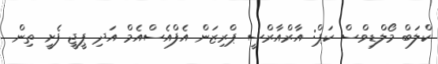
ކްލަބް މޯލްޑިވްސް ކަޕް: އާރްއާރްސީ ޕްރިޒަން އެފްއެސްއެމް އަދި ޕީޖީ ފެށީ ތިން